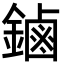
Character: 鏀